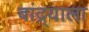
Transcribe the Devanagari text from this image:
बांद्र्याला